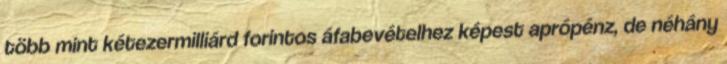
több mint kétezermilliárd forintos áfabevételhez képest aprópénz, de néhány